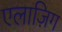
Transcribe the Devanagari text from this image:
एलाज़िग